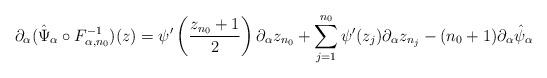
LaTeX: \begin{align*}\partial_{\alpha}(\hat \Psi_{\alpha} \circ F_{\alpha, n_0}^{-1})(z)=\psi'\left(\frac{z_{n_0}+1}{2} \right)\partial_{\alpha}z_{n_0}+\sum_{j=1}^{n_0} \psi'(z_{j})\partial_{\alpha}z_{n_j}-(n_0+1) \partial_{\alpha}\hat \psi_{\alpha}\end{align*}